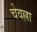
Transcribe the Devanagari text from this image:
चेवल्ला